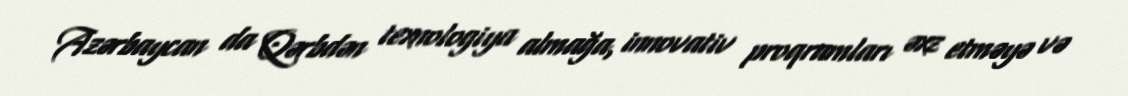
Azərbaycan da Qərbdən texnologiya almağa, innovativ proqramları əxz etməyə və